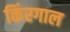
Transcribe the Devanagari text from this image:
किंरगाल